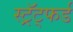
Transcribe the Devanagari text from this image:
स्ट्रॅट्फर्ड